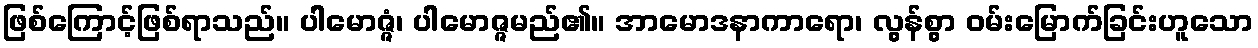
ဖြစ်ကြောင့်ဖြစ်ရာသည်။ ပါမောဇ္ဇံ၊ ပါမောဇ္ဇမည်၏။ အာမောဒနာကာရော၊ လွန်စွာ ဝမ်းမြောက်ခြင်းဟူသော